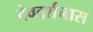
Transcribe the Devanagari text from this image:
देवदर्शनास